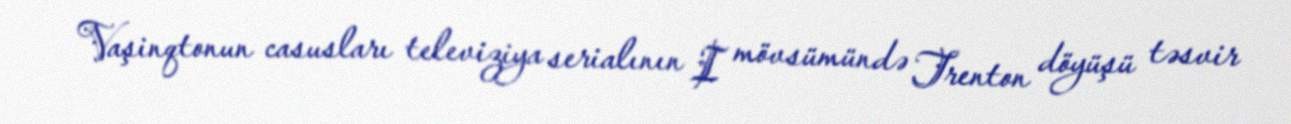
Vaşinqtonun casusları televiziya serialının I mövsümündə Trenton döyüşü təsvir